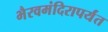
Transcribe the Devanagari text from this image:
भैरवमंदिरापर्यंत